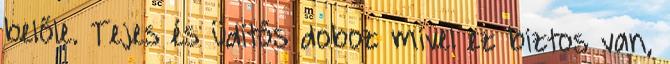
belőle. Tejes és üdítős doboz mivel ez biztos van,